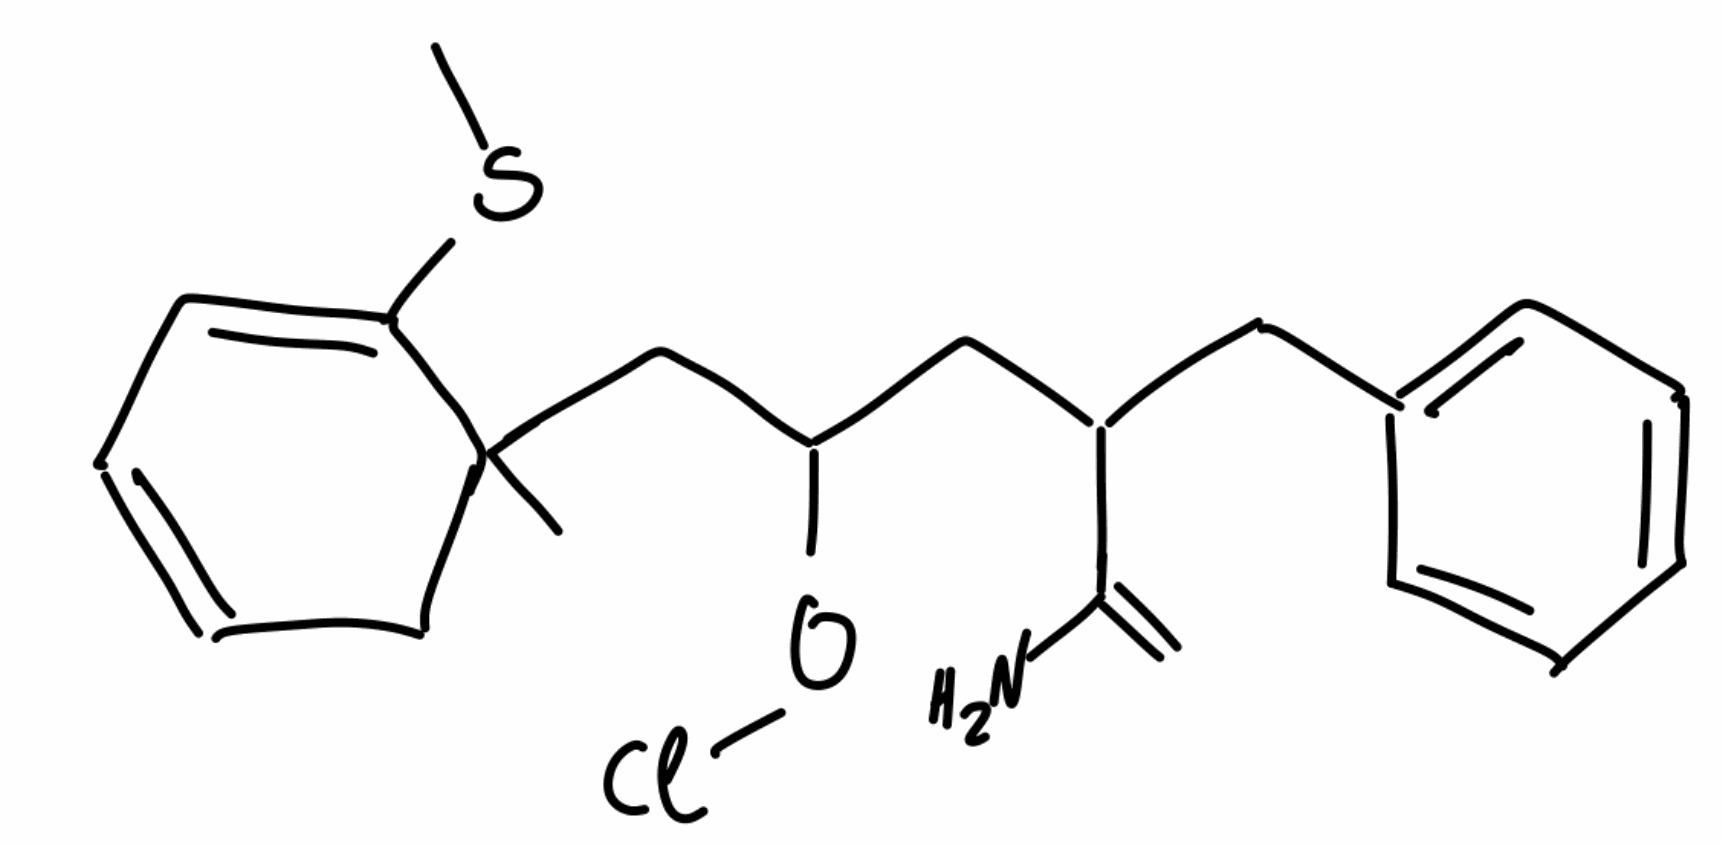
Simplified molecular-input line-entry system (SMILES) notation of the given molecule:
CC1(CC=CC=C1SC)CC(CC(CC2=CC=CC=C2)C(=C)N)OCl